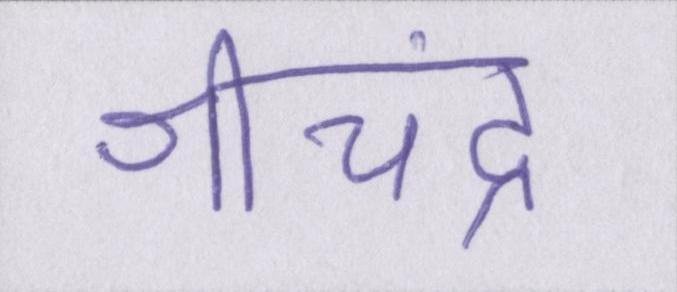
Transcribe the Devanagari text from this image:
श्रीचंद्र